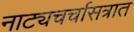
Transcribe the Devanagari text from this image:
नाट्यचर्चासत्रात